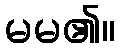
မမ၏။